Report of an investigation of the epidemic of malarial fever in Assam, or, kala-azar
Disease focus: Malaria
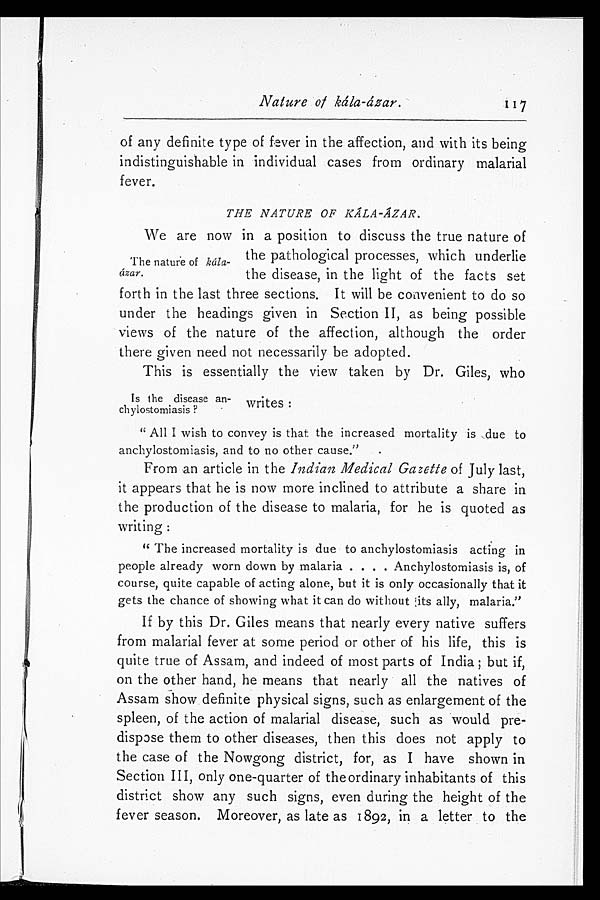
Nature of kála-ázar.
of any definite type of fever in the affection, and with its being
indistinguishable in individual cases from ordinary malarial
fever.
THE NATURE OF KÁLA-ÁZAR.
We are now in a position to discuss the true nature of
the pathological processes, which underlie
the disease, in the light of the facts set
forth in the last three sections. It will be conivenient to do so
under the headings given in Section II, as being possible
views of the nature of the affection, although the order
there given need not necessarily be adopted.
This is essentially the view taken by Dr. Giles, who
chylostomiasis?
writes
" All I wish to convey is that the increased mortality is due to
anchylostomiasis, and to no other cause.".
From an article in the Indian Medical Gazette of July last,
it appears that he is now more inclined to attribute a share in
the production of the disease to malaria, for he is quoted as
writing:
" The increased mortality is due to anchylostomiasis acting in
people already worn down by malaria . . . . Anchylostomiasis is, of
course, quite capable of acting alone, but it is only occasionally that it
gets the chance of showing what it can do without;its ally, malaria."
If by this Dr. Giles means that nearly every native suffers
from malarial fever at some period or other of his life, this is
quite true of Assam, and indeed of most parts of India; but if,
on the other hand, he means that nearly all the natives of
Assam show definite physical signs, such as enlargement of the
spleen, of the action of malarial disease, such as would pre
- d i s p o s e t h e m t o o t h e r d i s e a s e s , t h e n t h i s d o e s n o t a p p l y t o
the case of the Nowgong district, for, as I have shown in
Section III, only one-quarter of the ordinary inhabitants of this
district show any such signs, even during the height of the
fever season. Moreover, as late as 1892, in a letter to the
The nature of
á zar.
Is the disease an-